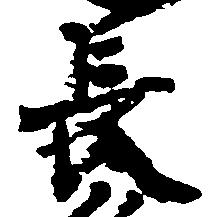
長